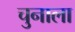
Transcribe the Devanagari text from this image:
चुनाला